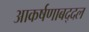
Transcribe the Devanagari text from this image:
आकर्षणाबद्दल